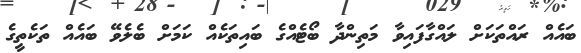
ބައެއް ރައްތަކަށް ލައްގާފައިވާ މަތިންދާ ބޯޓެއްގެ ބައިތަކެއް ކަމަށް ބެލެވޭ ބައެއް ތަކެތީގެ